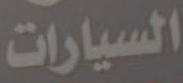
السيارات